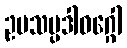
ဥပသမ္ပဒါဝဂ္ဂေါ